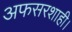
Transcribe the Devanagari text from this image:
अफसरशाही।